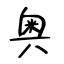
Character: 奥